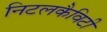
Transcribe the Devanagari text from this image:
निटलकैविटी